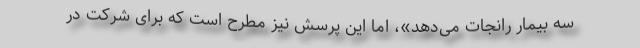
سه بیمار رانجات می‌دهد»، اما این پرسش نیز مطرح است که برای شرکت در